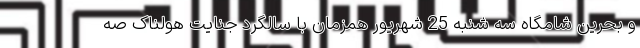
و بحرین شامگاه سه شنبه 25 شهریور همزمان با سالگرد جنایت هولناک صه